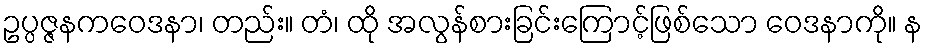
ဥပ္ပဇ္ဇနကဝေဒနာ၊ တည်း။ တံ၊ ထို အလွန်စားခြင်းကြောင့်ဖြစ်သော ဝေဒနာကို။ န